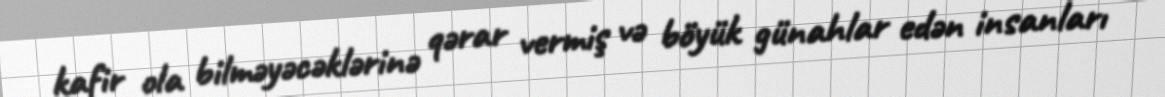
kafir ola bilməyəcəklərinə qərar vermiş və böyük günahlar edən insanları